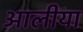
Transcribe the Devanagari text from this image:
आलीया